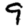
Digit: 9